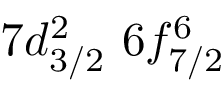
7 d _ { 3 / 2 } ^ { 2 } \, \, 6 f _ { 7 / 2 } ^ { 6 }